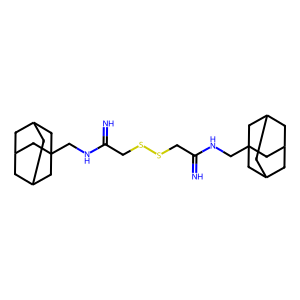
SMILES: N=C(CSSCC(=N)NCC12CC3CC(CC(C3)C1)C2)NCC12CC3CC(CC(C3)C1)C2
Inhibits HIV replication: No